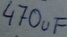
Text: 470uF